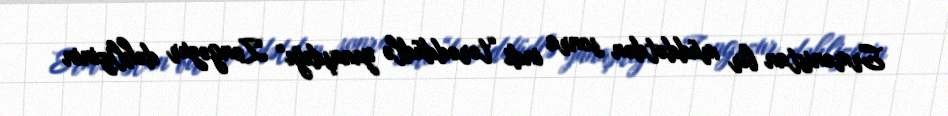
Ermənistan bir müddətdən sonra indi “tərəddüdlə yanaşdığı” Zəngəzur dəhlizinin